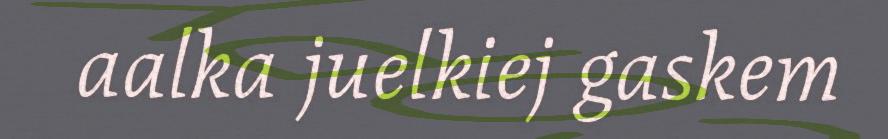
aalka juelkiej gaskem